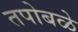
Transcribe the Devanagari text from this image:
तपोबळे